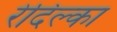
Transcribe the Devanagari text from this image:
रेदिल्का